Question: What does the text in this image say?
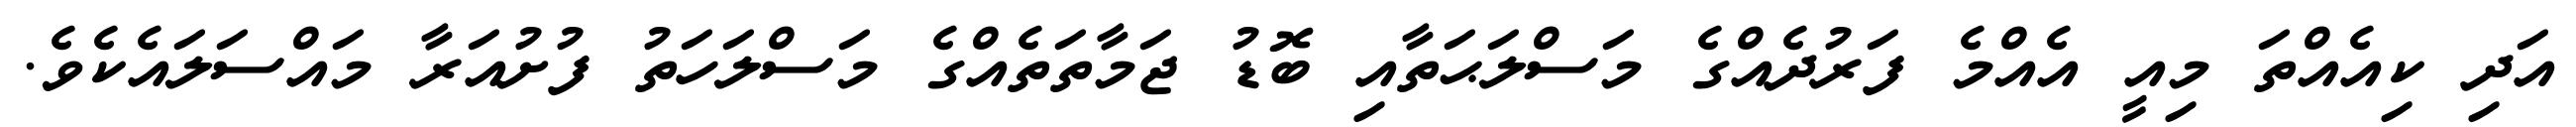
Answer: އަދި ކިއެއްތަ މިއީ އެއްމެ ފަރުދެއްގެ މަސްލަޙަތާއި ބޮޑު ޖަމާތަތެއްގެ މަސްލަހަތު ފުށުއަރާ މައްސަލައެކެވެ.